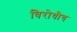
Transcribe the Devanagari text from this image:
विरोधीच